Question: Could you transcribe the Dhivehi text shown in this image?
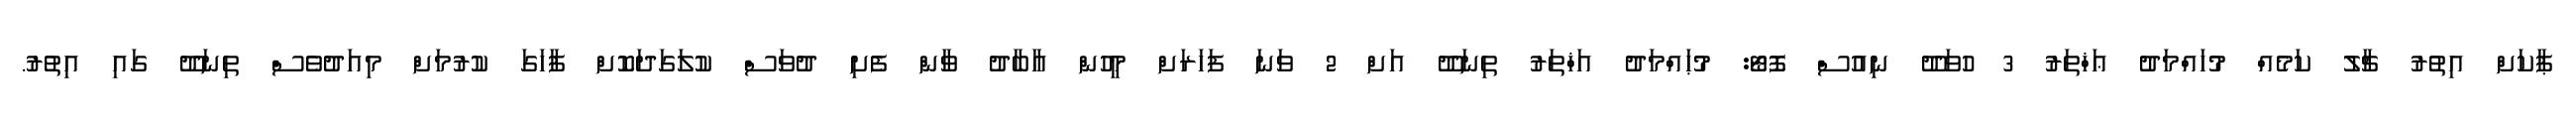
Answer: ޕާކަށް އިތުރު ޗާލު ކަމެއް މުހައްމަދު ޢަޚްތަރު 3 ހުވަދޫ ނިއުސް ފޮޓޯ: މުޙައްމަދު އަޚްތަރު ތިނަދޫ އަށް 2 ވަނަ ފަހަރަށް މީހުން އާބާދު ވާން ފެށި ދުވަސް ކުލަގަދަކޮށް ފާހަގަ ކުރުމަށް މިއަދުވެސް ތިނަދޫ ގައި އިތުރު.